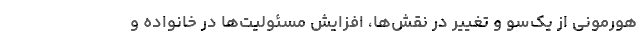
هورمونی از یک‌سو و تغییر در نقش‌ها، افزایش مسئولیت‌ها در خانواده و